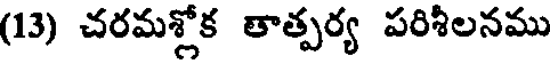
(13) చరమశ్లోక తాత్పర్య పరిశీలనము